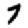
Digit: 7